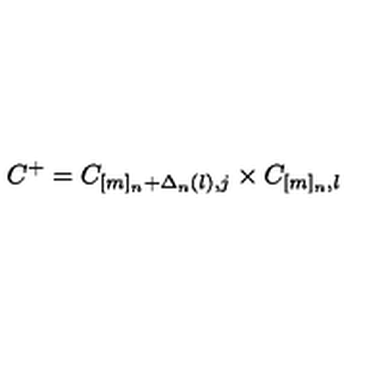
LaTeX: C ^ { + } = C _ { [ m ] _ { n } + \Delta _ { n } ( l ) , j } \times C _ { [ m ] _ { n } , l }